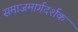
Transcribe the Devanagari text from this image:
समाजमार्गदर्शक